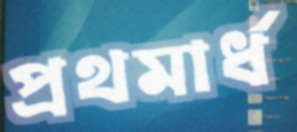
প্রথমার্ধ